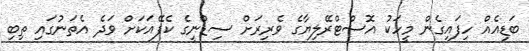
ބަޑިއެއް ހިފައިގެން މީހަކު އޮސްޓްރޭލިޔާގެ ވެރިރަށް ސިޑްނީގެ ކެފޭއަކަށް ވަދެ އެތަނުގައި ތިބި